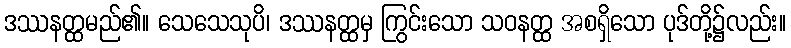
ဒဿနတ္ထမည်၏။ သေသေသုပိ၊ ဒဿနတ္ထမှ ကြွင်းသော သဝနတ္ထ အစရှိသော ပုဒ်တို့၌လည်း။